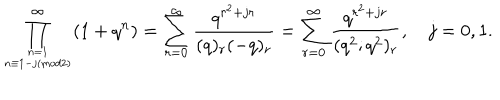
LaTeX: \prod _ { n = 1 \atop n \equiv 1 - j ( \mathrm { m o d } 2 ) } ^ { \infty } ( 1 + q ^ { n } ) = \displaystyle \sum _ { r = 0 } ^ { \infty } \frac { q ^ { r ^ { 2 } + j r } } { ( q ) _ { r } ( - q ) _ { r } } = \displaystyle \sum _ { r = 0 } ^ { \infty } \frac { q ^ { r ^ { 2 } + j r } } { ( q ^ { 2 } ; q ^ { 2 } ) _ { r } } , { } ~ j = 0 , 1 .